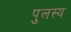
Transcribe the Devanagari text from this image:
पुलस्य